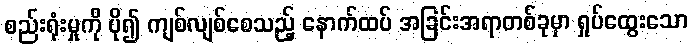
စည်းရုံးမှုကို ပို၍ ကျစ်လျစ်စေသည့် နောက်ထပ် အခြင်းအရာတစ်ခုမှာ ရှုပ်ထွေးသော